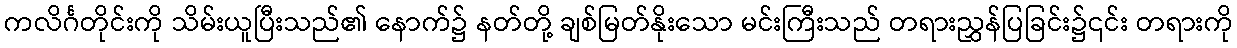
ကလိင်္ဂတိုင်းကို သိမ်းယူပြီးသည်၏ နောက်၌ နတ်တို့ ချစ်မြတ်နိုးသော မင်းကြီးသည် တရားညွှန်ပြခြင်း၌၎င်း တရားကို